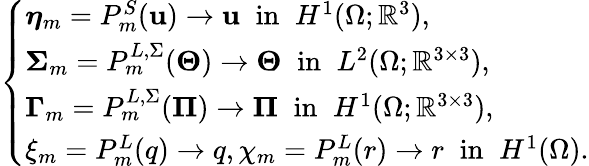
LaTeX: \begin{array}{r}{\left\{ \begin{array}{ll}{\boldsymbol{\eta}_{m}=P_{m}^{S}(\mathbf{u})\rightarrow\mathbf{u}\; \; \mathrm{in}\; \; H^{1}(\Omega;\mathbb{R}^{3}),}\\ {\boldsymbol{\Sigma}_{m}=P_{m}^{L,\Sigma}(\boldsymbol{\Theta})\rightarrow\boldsymbol{\Theta}\; \; \mathrm{in}\; \; L^{2}(\Omega;\mathbb{R}^{3\times 3}),}\\ {\boldsymbol{\Gamma}_{m}=P_{m}^{L,\Sigma}(\boldsymbol{\Pi})\rightarrow\boldsymbol{\Pi}\; \; \mathrm{in}\; \; H^{1}(\Omega;\mathbb{R}^{3\times 3}),}\\ {\xi_{m}=P_{m}^{L}(q)\rightarrow q,\chi_{m}=P_{m}^{L}(r)\rightarrow r\; \; \mathrm{in}\; \; H^{1}(\Omega).}\end{array}\right.}\end{array}